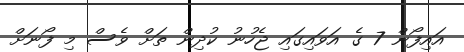
އައިފޯން 7 ގެ އަވައިގައި ޖެހުނު ކުދިން ތަށް ވެސް މި ފޯނަށް